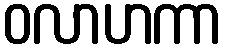
ဝလာဟကာ